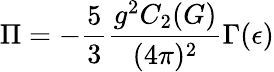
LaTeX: \Pi=-\frac{5}{3}\frac{g^{2}C_{2}(G)}{(4\pi)^{2}}\Gamma(\epsilon)